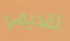
تقديمي